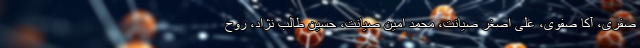
صفری، آکا صفوی، علی اصغر صیانت، محمد امین صیانت، حسین طالب نژاد، روح